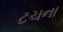
ટચના